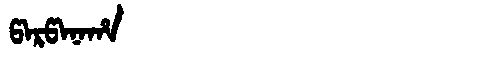
Manchu: ᡦᠠᡵᡦᠠᠨᠠᡥᠠ
Romanization: PARPANAHA